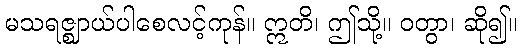
မသရဇ္ဈာယ်ပါစေလင့်ကုန်။ ဣတိ၊ ဤသို့။ ဝတွာ၊ ဆို၍။